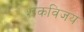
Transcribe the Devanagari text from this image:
शकविजय